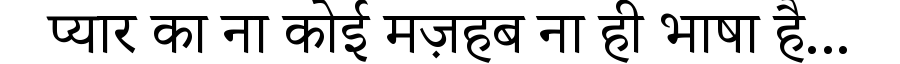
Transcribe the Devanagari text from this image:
प्यार का ना कोई मज़हब ना ही भाषा है...